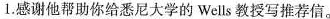
1.感谢他帮助你给悉尼大学的Wells教授写推荐信。